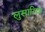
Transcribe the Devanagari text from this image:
लुसारिया